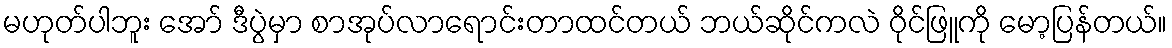
မဟုတ်ပါဘူး အော် ဒီပွဲမှာ စာအုပ်လာရောင်းတာထင်တယ် ဘယ်ဆိုင်ကလဲ ဝိုင်ဖြူကို မော့ပြန်တယ်။